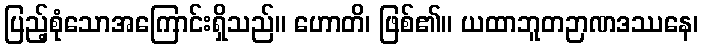
ပြည့်စုံသောအကြောင်းရှိသည်။ ဟောတိ၊ ဖြစ်၏။ ယထာဘူတဉာဏဒဿနေ၊